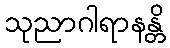
သုညာဂါရာနန္တိ